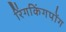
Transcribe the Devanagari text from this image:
रिंगकिंगपोंग